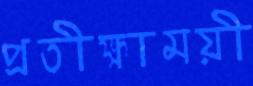
প্রতীক্ষাময়ী